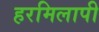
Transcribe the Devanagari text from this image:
हरमिलापी